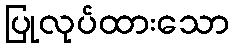
ပြုလုပ်ထားသော